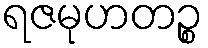
ရဇမုဟတဉ္စ